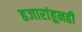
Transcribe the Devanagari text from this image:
हजारांहूनही